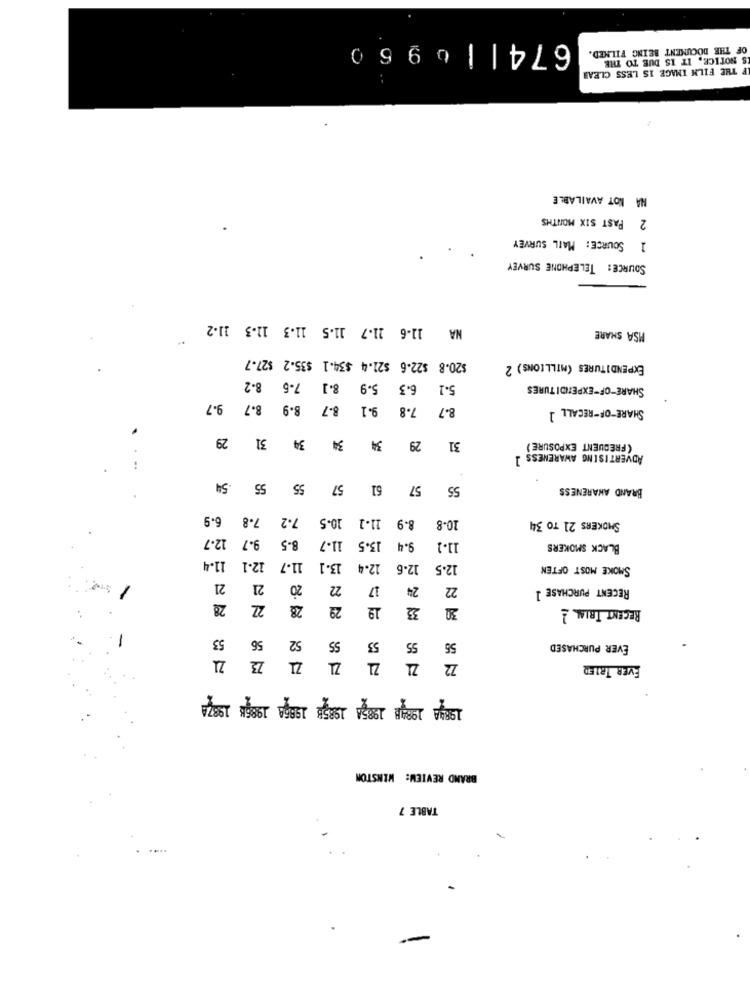
6741| 09
0
OF THE DOCUMENT BEING FILMED.
S NOTICE, IT IS DUE TO THE
F THE FILM IMAGE IS LESS CLEAR
NA NOT AVAILABLE
PAST SIX MONTHS
1 SOURCE: MAIL SURVEY
SOURCE: TELEPHONE SURVEY
NA 11-6 11.7 11.5 11.3 11-3 11-2
MSA SHARE
$20.8 $22-6 $21.4 $34.1 $35.2 $27.7
EXPENDITURES (MILLIONS) 2
8.2
6.3 5.9 8.] 7-5
5.1
SHARE-OF-EXPENDITURES
8.7 9.7
8.7 8.9
8.7 7.8 9.1
SHARE-OF-RECALL ]
29
31
34
34
34
29
31
(FREQUENT EXPOSURE)
ADVERTISING AWARENESS ]
.54
55
55
57
61
57
55
BRAND AWARENESS
6.9
7.8
7.2
10.5
11-1
8.9
10-8
SMOKERS 21 TO 34
12.7
9.7
13.5
8.5
11-7
9.4
11.1
BLACK SMOKERS
11.4
12-1
11.7
13.1
12-4
12.6
12.5
SMOKE MOST OFTEN
21
21
20
22
17
24
22
RECENT PURCHASE 1
28
22
29
19
33
30
RECENT TRIAL
53
56
52
SS
53
55
56
EVER PURCHASED
21
72
EVER TRIED
चेष्ठा प्रशंसा स्वछडा प्रदेशा स्टछठा चरणछठा च्छा
BRAND REVIEW: WINSTON
TABLE 7